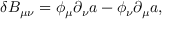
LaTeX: \delta B _ { \mu \nu } = \phi _ { \mu } \partial _ { \nu } a - \phi _ { \nu } \partial _ { \mu } a ,